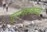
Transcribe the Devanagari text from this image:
गुणफलकावर